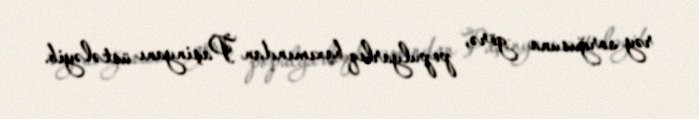
rəy sorğusuna görə, populyarlıq baxımından Paşinyanı üstələyib.